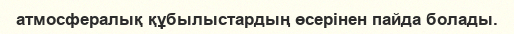
атмосфералық құбылыстардың өсерінен пайда болады.